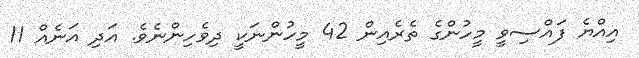
އިއްޔެ ފައްސިވީ މީހުންގެ ތެރެއިން 42 މީހުންނަކީ ދިވެހިންނެވެ. އަދި އަނެއް 11